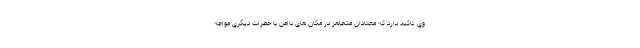
وی تاکید دارد که معتادان متجاهر در مکان های ناامن با خطرات دیگری مواجه